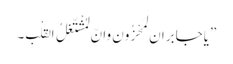
”یاجابران لَمَحْزُون وانِّ لمُشْتّغِلُ القَلْبِ۔